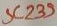
Text: SC239